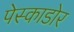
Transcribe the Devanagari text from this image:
पेस्काडोर